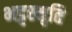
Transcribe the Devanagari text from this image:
भट्टस्मृति